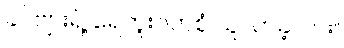
ခင်ဗျားရဲ့ ရေကူးဝတ်စုံ ယူလာခဲ့လား။